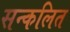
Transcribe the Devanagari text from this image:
सन्कलित